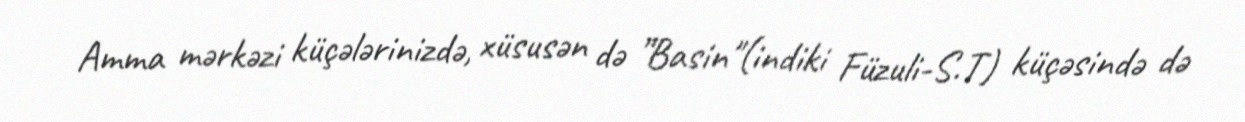
Amma mərkəzi küçələrinizdə, xüsusən də ”Basin"(indiki Füzuli-S.T) küçəsində də